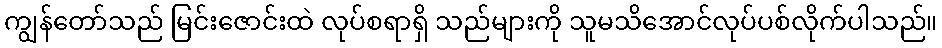
ကျွန်တော်သည် မြင်းဇောင်းထဲ လုပ်စရာရှိ သည်များကို သူမသိအောင်လုပ်ပစ်လိုက်ပါသည်။